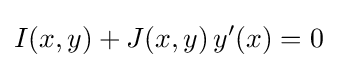
I(x,y)+J(x,y)\,y'(x)=0